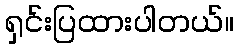
ရှင်းပြထားပါတယ်။